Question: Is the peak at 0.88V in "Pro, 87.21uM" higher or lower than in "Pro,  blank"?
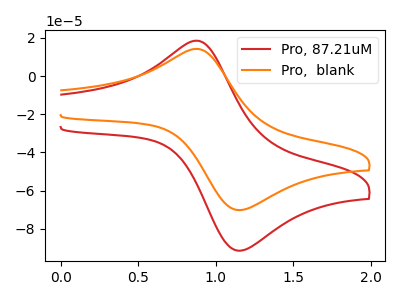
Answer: <think>The red curve "Pro, 87.21uM" has an anodic peak at (0.90V, 18.50uA) and a cathodic peak at (1.20V, -91.10uA). The orange curve "Pro,  blank" has an anodic peak at (0.90V, 14.20uA) and a cathodic peak at (1.20V, -69.95uA).</think>
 <answer>The peak at 0.88V is higher in "Pro, 87.21uM" than in "Pro,  blank".</answer>
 <eval>higher</eval>